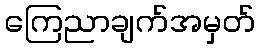
ကြေညာချက်အမှတ်